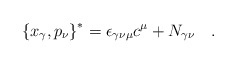
\begin{align*}\left\{x_{\gamma},p_{\nu}\right\}^* = \epsilon_{\gamma\nu\mu}c^{\mu} + N_{\gamma\nu}\quad .\end{align*}